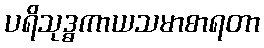
ပရိသုဒ္ဓကာယသမာစာရတာ